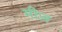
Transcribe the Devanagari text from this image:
मीज़